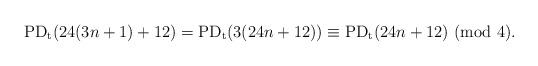
LaTeX: \begin{align*}\textup{PD}_\textup{t}(24(3n+1)+12)=\textup{PD}_\textup{t}(3(24n+12))\equiv \textup{PD}_\textup{t}(24n+12)~(\textup{mod}~4).\end{align*}